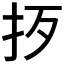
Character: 𢪰